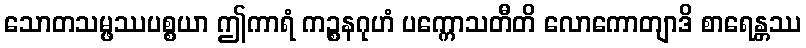
သောတသမ္ဖဿပစ္စယာ ဤကာရံ ကဉ္စနဂုဟံ ပက္ကောသတီတိ လောကောတျာဒိ စာရေန္တဿ